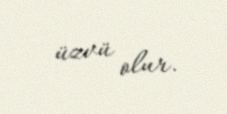
üzvü olur.